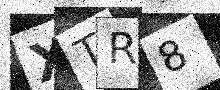
Text: XTR8